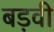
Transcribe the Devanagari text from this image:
बड़वी